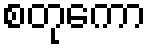
စတုကော